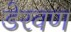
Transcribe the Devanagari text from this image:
डेरवण